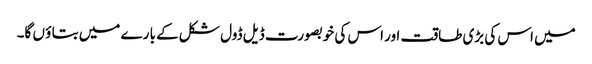
میں اس کی بڑی طاقت اور اس کی خوبصو رت ڈیل ڈول شکل کے با رے میں بتا ؤ ں گا۔